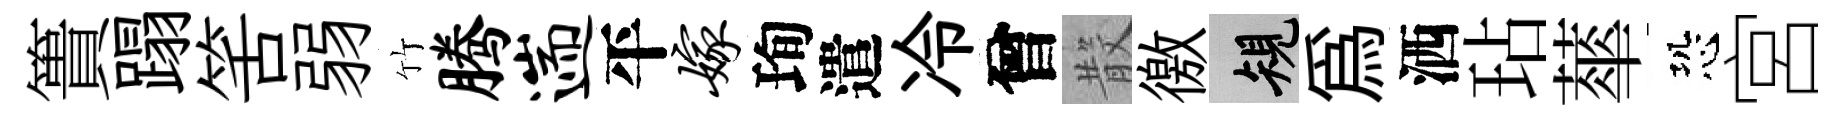
簣蹋筈弱竹腾遄平嫁珣遣冷曾𣪚徼規爲洒玷蕐恐宮